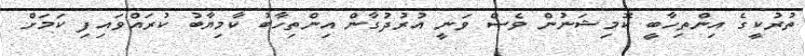
ތުރުކީގެ އިންތިހާބީ ކޮމިޝަނުން ވެސް ވަނީ އުރުދުގާން އިންތިހާބު ކާމިޔާބު ކުރައްވައިފި ކަމަށް